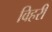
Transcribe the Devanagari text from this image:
विहरी